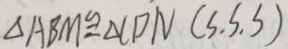
\Delta A B M \cong \Delta C D N ( S . S . S )